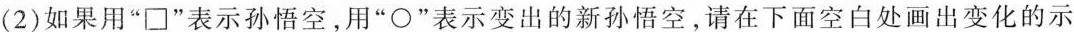
(2)如果用”□”表示孙悟空，用”○”表示变出的新孙悟空，请在下面空白处画出变化的示